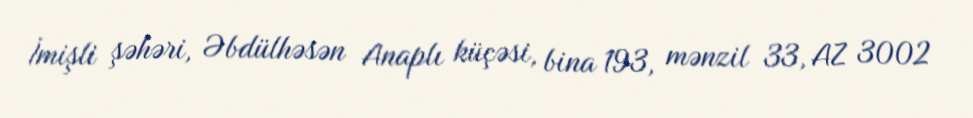
İmişli şəhəri, Əbdülhəsən Anaplı küçəsi, bina 193, mənzil 33, AZ 3002